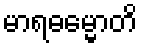
မာရဓမ္မောတိ